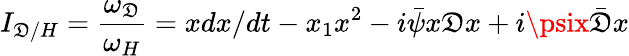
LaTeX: I_{\mathfrak{D}/H}=\frac{{\omega_{\mathfrak{D}}}}{{\omega_{H}}}=xdx/dt-x_{1}x^{2}-i\bar{{\psi}}x\mathfrak{D}x+i\psix\bar{{\mathfrak{D}}}x